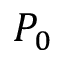
P _ { 0 }